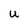
Character: U